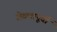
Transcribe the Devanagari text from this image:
जेवणापूर्वी